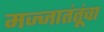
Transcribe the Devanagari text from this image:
मज्जातंतूंचा